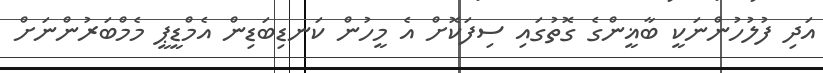
އަދި ފުލުހުންނަކީ ބާޣީންގެ ގޮތުގައި ސިފަކޮށް އެ މީހުން ކަނޑިބަޑިން އެމްޑީޕީ މެމްބަރުންނަށް